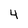
Character: 4